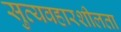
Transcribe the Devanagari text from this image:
सुव्यवहारशीलता